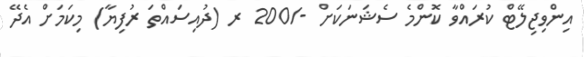
އިންވިޖިލޭޓް ކުރައްވާ ކޮންމެ ސެޝަނަކަށް -/200 ރ (ދުއިސައްތަ ރުފިޔާ) މިކަމަށް އެދޭ